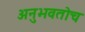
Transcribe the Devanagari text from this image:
अनुभवतोच